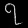
Digit: ၇